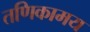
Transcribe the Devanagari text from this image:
तणिकामय